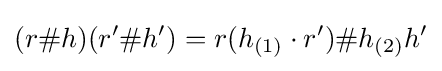
(r\#h)(r'\#h')=r(h_{(1)}\cdot r')\#h_{(2)}h'